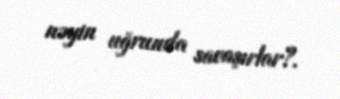
nəyin uğrunda savaşırlar?.